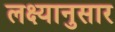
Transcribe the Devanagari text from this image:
लक्ष्यानुसार